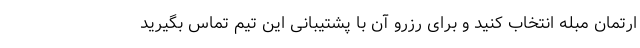
ارتمان مبله انتخاب کنید و برای رزرو آن با پشتیبانی این تیم تماس بگیرید